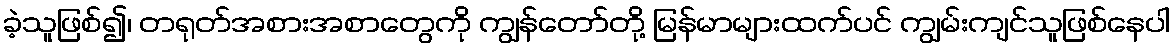
ခဲ့သူဖြစ်၍၊ တရုတ်အစားအစာတွေကို ကျွန်တော်တို့ မြန်မာများထက်ပင် ကျွမ်းကျင်သူဖြစ်နေပါ